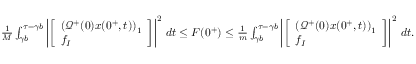
\begin{array} { r } { \frac { 1 } { M } \int _ { \gamma b } ^ { \tau - \gamma b } \left| \left[ \begin{array} { l } { \left( \mathcal { Q } ^ { + } ( 0 ) x ( 0 ^ { + } , t ) \right) _ { 1 } } \\ { f _ { I } } \end{array} \right] \right| ^ { 2 } \, d t \leq F ( 0 ^ { + } ) \leq \frac { 1 } { m } \int _ { \gamma b } ^ { \tau - \gamma b } \left| \left[ \begin{array} { l } { \left( \mathcal { Q } ^ { + } ( 0 ) x ( 0 ^ { + } , t ) \right) _ { 1 } } \\ { f _ { I } } \end{array} \right] \right| ^ { 2 } \, d t . } \end{array}